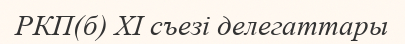
РКП(б) XI съезі делегаттары